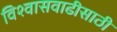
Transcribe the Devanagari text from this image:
विश्‍वासवाढीसाठी